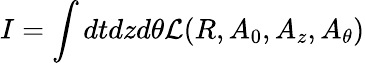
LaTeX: I=\int dtdzd\theta{\cal L}(R,A_{0},A_{z},A_{\theta})